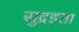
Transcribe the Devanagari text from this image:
सुद्रड़ता